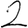
Digit: 2